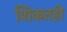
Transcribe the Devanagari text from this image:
शिकतही